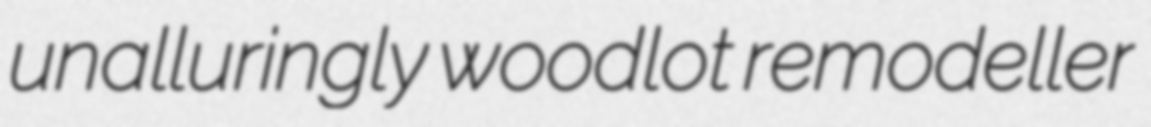
unalluringly woodlot remodeller